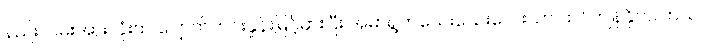
နည်းလမ်းအားလုံးက ပျောက်ကင်းနှုန်းမြင့်မားပြီး အမာရွတ်သေးသေးလေးသာ ထင်ကျန်နိုင်ပါတယ်။